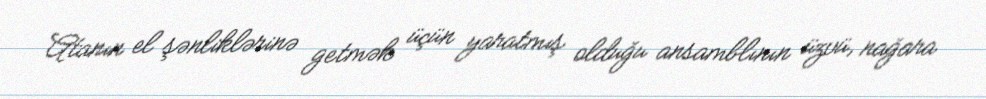
Atanın el şənliklərinə getmək üçün yaratmış olduğu ansamblının üzvü, nağara